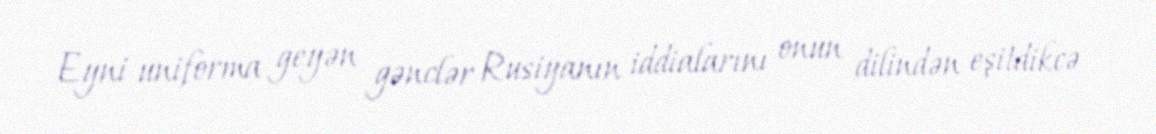
Eyni uniforma geyən gənclər Rusiyanın iddialarını onun dilindən eşitdikcə